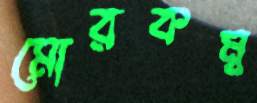
মোরকম্ব